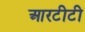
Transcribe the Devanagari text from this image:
आरटीटी